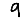
Digit: 9